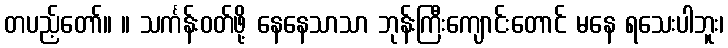
တပည့်တော်။ ။ သင်္ကန်းဝတ်ဖို့ နေနေသာသာ ဘုန်းကြီးကျောင်းတောင် မနေ ရသေးပါဘူး၊